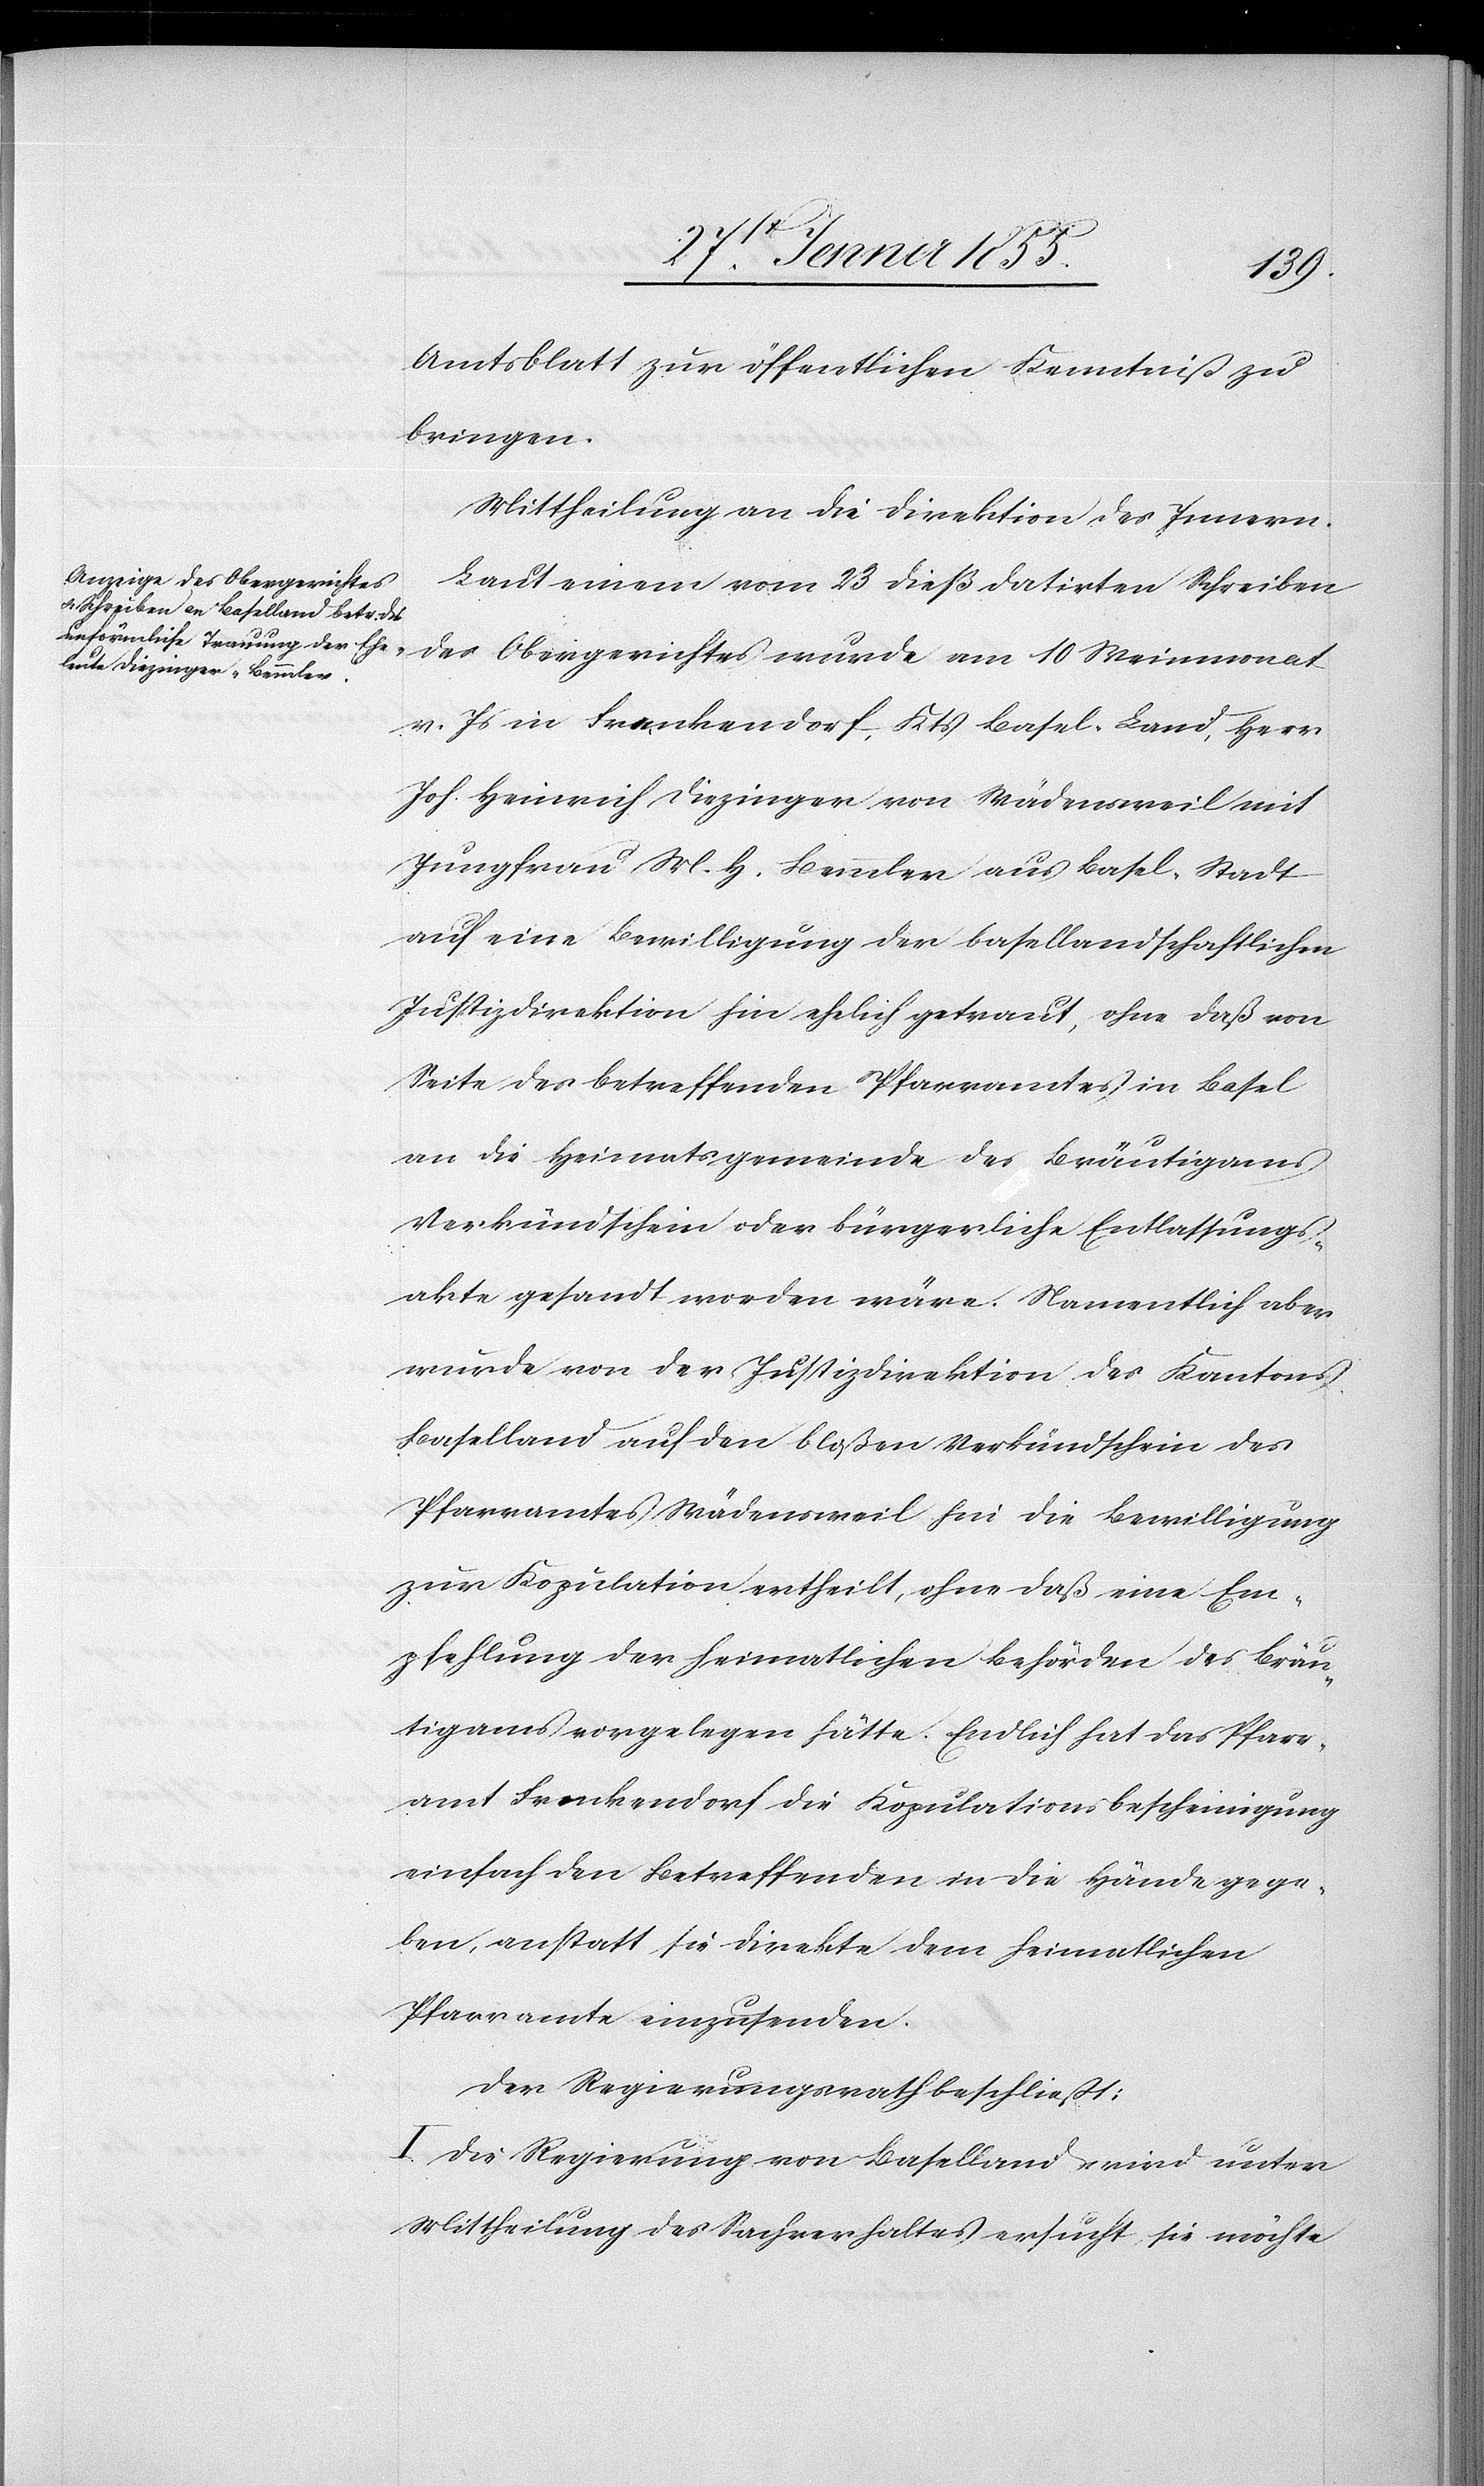
Amtsblatt zur öffentlichen Kenntniß zu
bringen.
Mittheilung an die Direktion des Innern.
Laut einem vom 23 dieß datirten Schreiben
des Obergerichtes wurde am 10 Weinmonat
v. Js in Frenkendorf, Kts Basel-Land, Herr
Joh. Heinrich Diezinger von Wädensweil mit
Jungfrau M. H. Bemmler aus Basel-Stadt
auf eine Bewilligung der basellandschaftlichen
Justizdirektion hin ehelich getraut, ohne daß von
Seite des betreffenden Pfarramtes in Basel
an die Heimatsgemeinde des Bräutigams
Verkündschein oder bürgerliche Entlassungs¬
akte gesandt worden wäre. Namentlich aber
wurde von der Justizdirektion des Kantons
Baselland auf den bloßen Verkündschein des
Pfarramtes Wädensweil hin die Bewilligung
zur Kopulation ertheilt, ohne daß eine Em¬
pfehlung der heimatlichen Behörden des Bräu¬
tigams vorgelegen hätte. Endlich hat das Pfarr¬
amt Frenkendorf die Kopulationsbescheinigung
einfach den Betreffenden in die Hände gege¬
ben, anstatt sie direkte dem heimatlichen
Pfarramte einzusenden.
Der Regierungsrath beschließt:
I. Die Regierung von Baselland wird unter
Mittheilung des Sachverhaltes ersucht, sie möchte